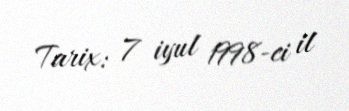
Tarix: 7 iyul 1998-ci il